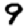
Digit: 9